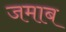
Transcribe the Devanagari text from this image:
जमाब